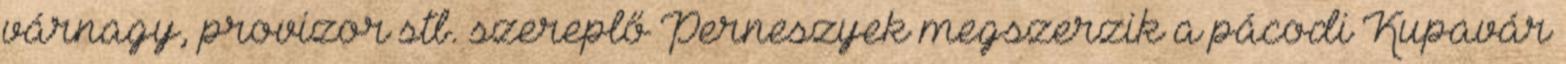
várnagy, provizor stb. szereplő Perneszyek megszerzik a pácodi Kupavár